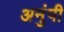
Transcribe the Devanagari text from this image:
अनुंपी